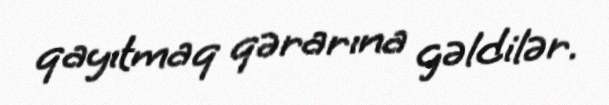
qayıtmaq qərarına gəldilər.